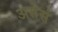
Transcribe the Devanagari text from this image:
असेसं